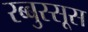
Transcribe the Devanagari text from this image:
रब्बुस्सूस